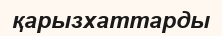
қарызхаттарды